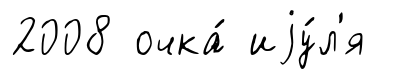
2008 очка́ иjу́л'я